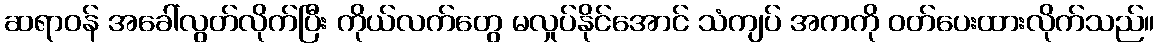
ဆရာဝန် အခေါ်လွတ်လိုက်ပြီး ကိုယ်လက်တွေ မလှုပ်နိုင်အောင် သံကျပ် အကကို ဝတ်ပေးထားလိုက်သည်။